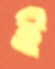
ই